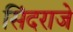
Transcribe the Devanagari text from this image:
सिंदराजे